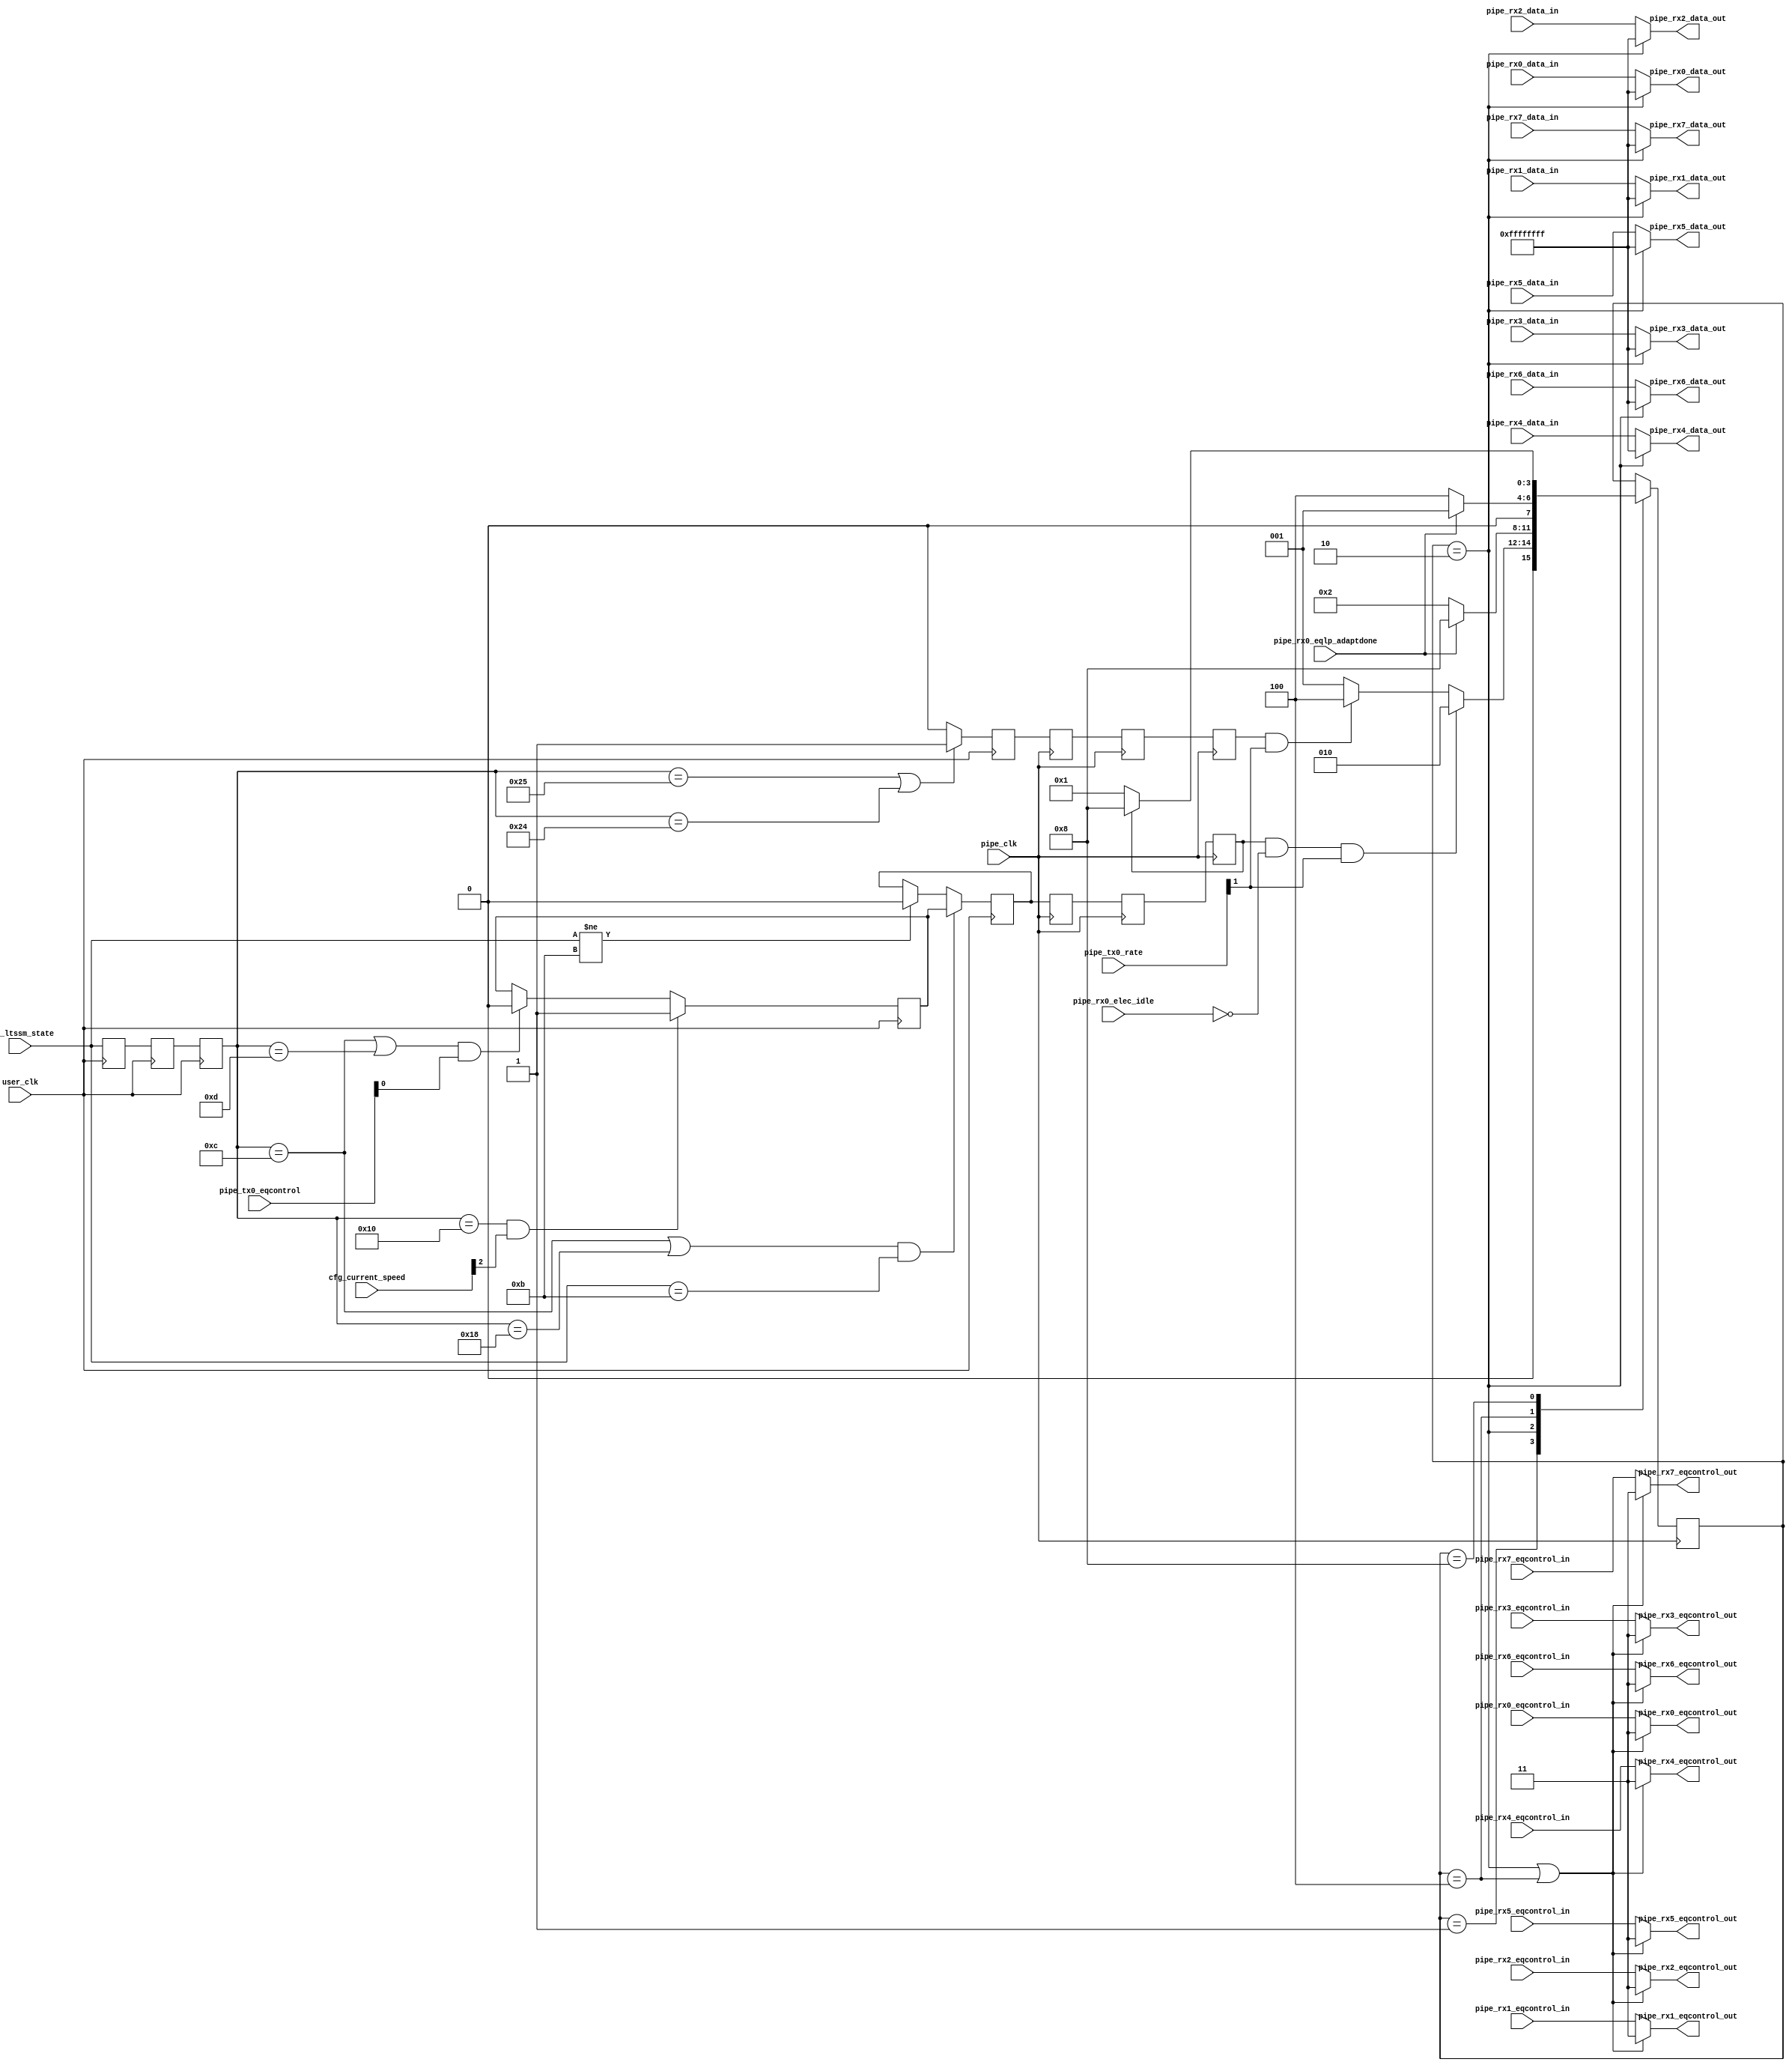
//-----------------------------------------------------------------------------
//
// (c) Copyright 2012-2012 Xilinx, Inc. All rights reserved.
//
// This file contains confidential and proprietary information
// of Xilinx, Inc. and is protected under U.S. and
// international copyright and other intellectual property
// laws.
//
// DISCLAIMER
// This disclaimer is not a license and does not grant any
// rights to the materials distributed herewith. Except as
// otherwise provided in a valid license issued to you by
// Xilinx, and to the maximum extent permitted by applicable
// law: (1) THESE MATERIALS ARE MADE AVAILABLE "AS IS" AND
// WITH ALL FAULTS, AND XILINX HEREBY DISCLAIMS ALL WARRANTIES
// AND CONDITIONS, EXPRESS, IMPLIED, OR STATUTORY, INCLUDING
// BUT NOT LIMITED TO WARRANTIES OF MERCHANTABILITY, NON-
// INFRINGEMENT, OR FITNESS FOR ANY PARTICULAR PURPOSE; and
// (2) Xilinx shall not be liable (whether in contract or tort,
// including negligence, or under any other theory of
// liability) for any loss or damage of any kind or nature
// related to, arising under or in connection with these
// materials, including for any direct, or any indirect,
// special, incidental, or consequential loss or damage
// (including loss of data, profits, goodwill, or any type of
// loss or damage suffered as a result of any action brought
// by a third party) even if such damage or loss was
// reasonably foreseeable or Xilinx had been advised of the
// possibility of the same.
//
// CRITICAL APPLICATIONS
// Xilinx products are not designed or intended to be fail-
// safe, or for use in any application requiring fail-safe
// performance, such as life-support or safety devices or
// systems, Class III medical devices, nuclear facilities,
// applications related to the deployment of airbags, or any
// other applications that could lead to death, personal
// injury, or severe property or environmental damage
// (individually and collectively, "Critical
// Applications"). Customer assumes the sole risk and
// liability of any use of Xilinx products in Critical
// Applications, subject only to applicable laws and
// regulations governing limitations on product liability.
//
// THIS COPYRIGHT NOTICE AND DISCLAIMER MUST BE RETAINED AS
// PART OF THIS FILE AT ALL TIMES.
//
//-----------------------------------------------------------------------------
//
// Project    : Virtex-7 FPGA Gen3 Integrated Block for PCI Express
// Version    : 3.0
//----------------------------------------------------------------------------//
// Project      : Virtex-7 FPGA Gen3 Integrated Block for PCI Express         //
// Description  : Instantiates GEN3 PCIe Integrated Block Wrapper and         //
//                connects the IP to the PIPE Interface Pipeline module, the  //
//                PCIe Initialization Controller, and the TPH Table           //
//                implemented in a RAMB36                                     //
//---------- PIPE Wrapper Hierarchy ------------------------------------------//
//      pcie_top.v                                                            //  
//          pcie_force_adapt.v                                                                    //
//          pcie_init_ctrl.v                                                  //
//          pcie_tlp_tph_tbl_7vx.v                                            //
//          pcie_7vx.v                                                        //
//              PCIE_3_0                                                      //
//              pcie_bram_7vx.v                                               //
//                  pcie_bram_7vx_rep.v                                       //
//                      pcie_bram_7vx_rep_8k.v                                //
//                  pcie_bram_7vx_req.v                                       //
//                      pcie_bram_7vx_8k.v                                    //
//                  pcie_bram_7vx_cpl.v                                       //
//                      pcie_bram_7vx_8k.v                                    //
//                      pcie_bram_7vx_16k.v                                   //
//          pcie_pipe_pipeline.v                                              //
//              pcie_pipe_lane.v                                              //
//              pcie_pipe_misc.v                                              //
//----------------------------------------------------------------------------//

`timescale 1ps/1ps

module pcie3_7x_0_pcie_force_adapt (
             
  input                     pipe_clk,
  input                     user_clk,
  input       [5:0]         cfg_ltssm_state,  
  input       [2:0]         cfg_current_speed,
  
  input       [1:0]         pipe_tx0_rate,
  input                     pipe_rx0_elec_idle,
  input                     pipe_rx0_eqlp_adaptdone,
  input       [1:0]         pipe_tx0_eqcontrol, 

  input      [31:0]         pipe_rx0_data_in,
  input      [31:0]         pipe_rx1_data_in,
  input      [31:0]         pipe_rx2_data_in,
  input      [31:0]         pipe_rx3_data_in,
  input      [31:0]         pipe_rx4_data_in,
  input      [31:0]         pipe_rx5_data_in,
  input      [31:0]         pipe_rx6_data_in,
  input      [31:0]         pipe_rx7_data_in,
  
  input        [1:0]        pipe_rx0_eqcontrol_in,
  input        [1:0]        pipe_rx1_eqcontrol_in,
  input        [1:0]        pipe_rx2_eqcontrol_in,
  input        [1:0]        pipe_rx3_eqcontrol_in,
  input        [1:0]        pipe_rx4_eqcontrol_in,
  input        [1:0]        pipe_rx5_eqcontrol_in,
  input        [1:0]        pipe_rx6_eqcontrol_in,
  input        [1:0]        pipe_rx7_eqcontrol_in,

  output      [31:0]        pipe_rx0_data_out,
  output      [31:0]        pipe_rx1_data_out,
  output      [31:0]        pipe_rx2_data_out,
  output      [31:0]        pipe_rx3_data_out,
  output      [31:0]        pipe_rx4_data_out,
  output      [31:0]        pipe_rx5_data_out,
  output      [31:0]        pipe_rx6_data_out,
  output      [31:0]        pipe_rx7_data_out,  
 
  output       [1:0]        pipe_rx0_eqcontrol_out,
  output       [1:0]        pipe_rx1_eqcontrol_out,
  output       [1:0]        pipe_rx2_eqcontrol_out,
  output       [1:0]        pipe_rx3_eqcontrol_out,
  output       [1:0]        pipe_rx4_eqcontrol_out,
  output       [1:0]        pipe_rx5_eqcontrol_out,
  output       [1:0]        pipe_rx6_eqcontrol_out,
  output       [1:0]        pipe_rx7_eqcontrol_out

);
localparam      RXJITTER_TEK              = "TRUE";
//////////////////////////////////////Gen3 Extra Adaptation //////////////////////////////

//////////////////////////////////logic in user_clock domain///////////////////////////

(* ASYNC_REG = "TRUE", SHIFT_EXTRACT = "NO" *)      reg  [5:0]   cfg_ltssm_state_reg = 6'b0;
(* ASYNC_REG = "TRUE", SHIFT_EXTRACT = "NO" *)      reg  [5:0]   cfg_ltssm_state_reg0 = 6'b0;
(* ASYNC_REG = "TRUE", SHIFT_EXTRACT = "NO" *)      reg  [5:0]   cfg_ltssm_state_reg1 = 6'b0;
(* ASYNC_REG = "TRUE", SHIFT_EXTRACT = "NO" *)      reg          speed_change = 1'b0;
 reg          gen3_flag = 1'b1;
(* ASYNC_REG = "TRUE", SHIFT_EXTRACT = "NO" *)      reg          cfg_loopback = 1'b0; 

 always @ (posedge user_clk )
  begin
    cfg_ltssm_state_reg      <= cfg_ltssm_state;
    cfg_ltssm_state_reg0     <= cfg_ltssm_state_reg;
    cfg_ltssm_state_reg1     <= cfg_ltssm_state_reg0;
  end
  
  // Flag to indicate the first transition to Gen3 
 always @ (posedge user_clk )
  begin
    if (cfg_ltssm_state_reg1 == 6'h10 && cfg_current_speed[2] )
      gen3_flag <= 1'b1;
    else if ((cfg_ltssm_state_reg1 == 6'hc || cfg_ltssm_state_reg1 == 6'hD ) && pipe_tx0_eqcontrol[0])  
      gen3_flag <= 1'b0;
    else 
      gen3_flag <= gen3_flag;
  end 
    
 // Flag to indicate Speed Change
 always @ (posedge user_clk )
  begin
    if ((cfg_ltssm_state_reg1 == 6'hc || cfg_ltssm_state_reg1 == 6'h18 ) && cfg_ltssm_state == 6'hb)   
    begin
      speed_change <= gen3_flag;
    end 
    else if (cfg_ltssm_state != 6'hb) begin
      speed_change <= 1'b0;
    end 
    else begin
      speed_change <= speed_change;
    end
  end

 // Flag to indicate cfg -> loopback slave
 generate
 if (RXJITTER_TEK == "TRUE") 
 begin: loopback
 always @ (posedge user_clk )
  begin
    if (cfg_ltssm_state_reg1 == 6'h25 || cfg_ltssm_state_reg1 == 6'h24 )    
    begin
      cfg_loopback <= 1'b1;
    end 
    else 
      cfg_loopback <= 1'b0;
  end   
 end      
 endgenerate
  
//////////////////////////////////logic in pipe_clock domain///////////////////////////
    wire         elec_idle_deasserted;
(* ASYNC_REG = "TRUE", SHIFT_EXTRACT = "NO" *)         reg          speed_change_reg0  =1'b0;
(* ASYNC_REG = "TRUE", SHIFT_EXTRACT = "NO" *)         reg          speed_change_reg1  =1'b0;
(* ASYNC_REG = "TRUE", SHIFT_EXTRACT = "NO" *)         reg          speed_change_reg2  =1'b0;
(* ASYNC_REG = "TRUE", SHIFT_EXTRACT = "NO" *)         reg          cfg_loopback_reg0  =1'b0;
(* ASYNC_REG = "TRUE", SHIFT_EXTRACT = "NO" *)         reg          cfg_loopback_reg1  =1'b0;
(* ASYNC_REG = "TRUE", SHIFT_EXTRACT = "NO" *)         reg          cfg_loopback_reg2  =1'b0;
    reg  [3:0]   eq_state           =4'b0001;

    localparam  EQ_IDLE     = 4'b0001;
    localparam  EQ_ADAPT    = 4'b0010;
    localparam  EQ_RX_TEK   = 4'b0100;
    localparam  EQ_WAIT     = 4'b1000;
    
    
    // Device should be in R.RL with elec idle deasserted for force adapttation to start
    
    assign elec_idle_deasserted = ~ pipe_rx0_elec_idle;
    
    
   // CDC speed_change from user clock to pipe clock domain 
  always @ (posedge pipe_clk )
   begin
    speed_change_reg0            <= speed_change;
    speed_change_reg1            <= speed_change_reg0;
    speed_change_reg2            <= speed_change_reg1;
   end
   
// CDC cfg_loopback from user clock to pipe clock domain 
  always @ (posedge pipe_clk )
   begin
    cfg_loopback_reg0            <= cfg_loopback;
    cfg_loopback_reg1            <= cfg_loopback_reg0;
    cfg_loopback_reg2            <= cfg_loopback_reg1;
   end

  // State Machine to Control Forced Adaptation
  always @ (posedge pipe_clk )
   begin
   case(eq_state)
    EQ_IDLE : begin 
      if (speed_change_reg2 && elec_idle_deasserted && pipe_tx0_rate[1]) 
        eq_state                <= EQ_ADAPT;
      else if (cfg_loopback_reg2 && pipe_tx0_rate[1]) 
         eq_state               <= EQ_RX_TEK;
      else 
        eq_state                <= EQ_IDLE;
      end
    EQ_ADAPT : begin 
      if (pipe_rx0_eqlp_adaptdone) 
        eq_state                <= EQ_WAIT;
      else 
        eq_state                <= EQ_ADAPT;
      end  
    EQ_RX_TEK : begin 
      if (pipe_rx0_eqlp_adaptdone) 
        eq_state                <= EQ_IDLE;
      else 
        eq_state                <= EQ_RX_TEK;
      end  
    EQ_WAIT : begin 
      if (!speed_change_reg2) 
        eq_state                <= EQ_IDLE;
      else 
        eq_state                <= EQ_WAIT;
      end      
   endcase
   end
 

  assign pipe_rx0_data_out = (eq_state == EQ_ADAPT) ? {32{1'b1}}: pipe_rx0_data_in;
  assign pipe_rx1_data_out = (eq_state == EQ_ADAPT) ? {32{1'b1}}: pipe_rx1_data_in;
  assign pipe_rx2_data_out = (eq_state == EQ_ADAPT) ? {32{1'b1}}: pipe_rx2_data_in;
  assign pipe_rx3_data_out = (eq_state == EQ_ADAPT) ? {32{1'b1}}: pipe_rx3_data_in;
  assign pipe_rx4_data_out = (eq_state == EQ_ADAPT) ? {32{1'b1}}: pipe_rx4_data_in;
  assign pipe_rx5_data_out = (eq_state == EQ_ADAPT) ? {32{1'b1}}: pipe_rx5_data_in;
  assign pipe_rx6_data_out = (eq_state == EQ_ADAPT) ? {32{1'b1}}: pipe_rx6_data_in;
  assign pipe_rx7_data_out = (eq_state == EQ_ADAPT) ? {32{1'b1}}: pipe_rx7_data_in;
  
  assign pipe_rx0_eqcontrol_out =  ((eq_state == EQ_ADAPT) || (eq_state == EQ_RX_TEK)) ? 2'b11 : pipe_rx0_eqcontrol_in;
  assign pipe_rx1_eqcontrol_out =  ((eq_state == EQ_ADAPT) || (eq_state == EQ_RX_TEK)) ? 2'b11 : pipe_rx1_eqcontrol_in;
  assign pipe_rx2_eqcontrol_out =  ((eq_state == EQ_ADAPT) || (eq_state == EQ_RX_TEK)) ? 2'b11 : pipe_rx2_eqcontrol_in;
  assign pipe_rx3_eqcontrol_out =  ((eq_state == EQ_ADAPT) || (eq_state == EQ_RX_TEK)) ? 2'b11 : pipe_rx3_eqcontrol_in;
  assign pipe_rx4_eqcontrol_out =  ((eq_state == EQ_ADAPT) || (eq_state == EQ_RX_TEK)) ? 2'b11 : pipe_rx4_eqcontrol_in;
  assign pipe_rx5_eqcontrol_out =  ((eq_state == EQ_ADAPT) || (eq_state == EQ_RX_TEK)) ? 2'b11 : pipe_rx5_eqcontrol_in;
  assign pipe_rx6_eqcontrol_out =  ((eq_state == EQ_ADAPT) || (eq_state == EQ_RX_TEK)) ? 2'b11 : pipe_rx6_eqcontrol_in;
  assign pipe_rx7_eqcontrol_out =  ((eq_state == EQ_ADAPT) || (eq_state == EQ_RX_TEK)) ? 2'b11 : pipe_rx7_eqcontrol_in;

endmodule